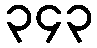
၃၄၃